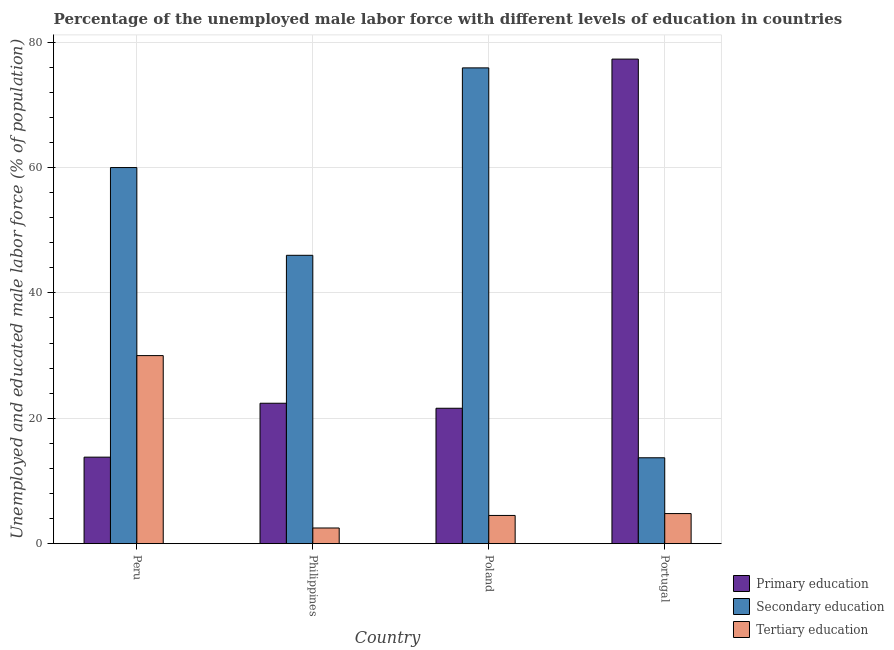
| Country | Primary education | Secondary education | Tertiary education |
 | --- | --- | --- | --- |
 | Peru | 13.8 | 60 | 30 |
 | Philippines | 22.4 | 46 | 2.5 |
 | Poland | 21.6 | 75.9 | 4.5 |
 | Portugal | 77.3 | 13.7 | 4.8 |